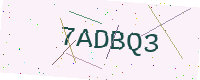
Text: 7ADBQ3